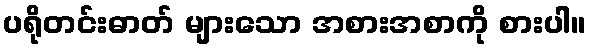
ပရိုတင်းဓာတ် များသော အစားအစာကို စားပါ။